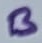
Text: B